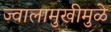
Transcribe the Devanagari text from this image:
ज्वालामुखीमुळे